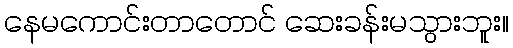
နေမကောင်းတာတောင် ဆေးခန်းမသွားဘူး။